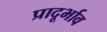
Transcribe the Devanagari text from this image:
प्रादूर्भाव